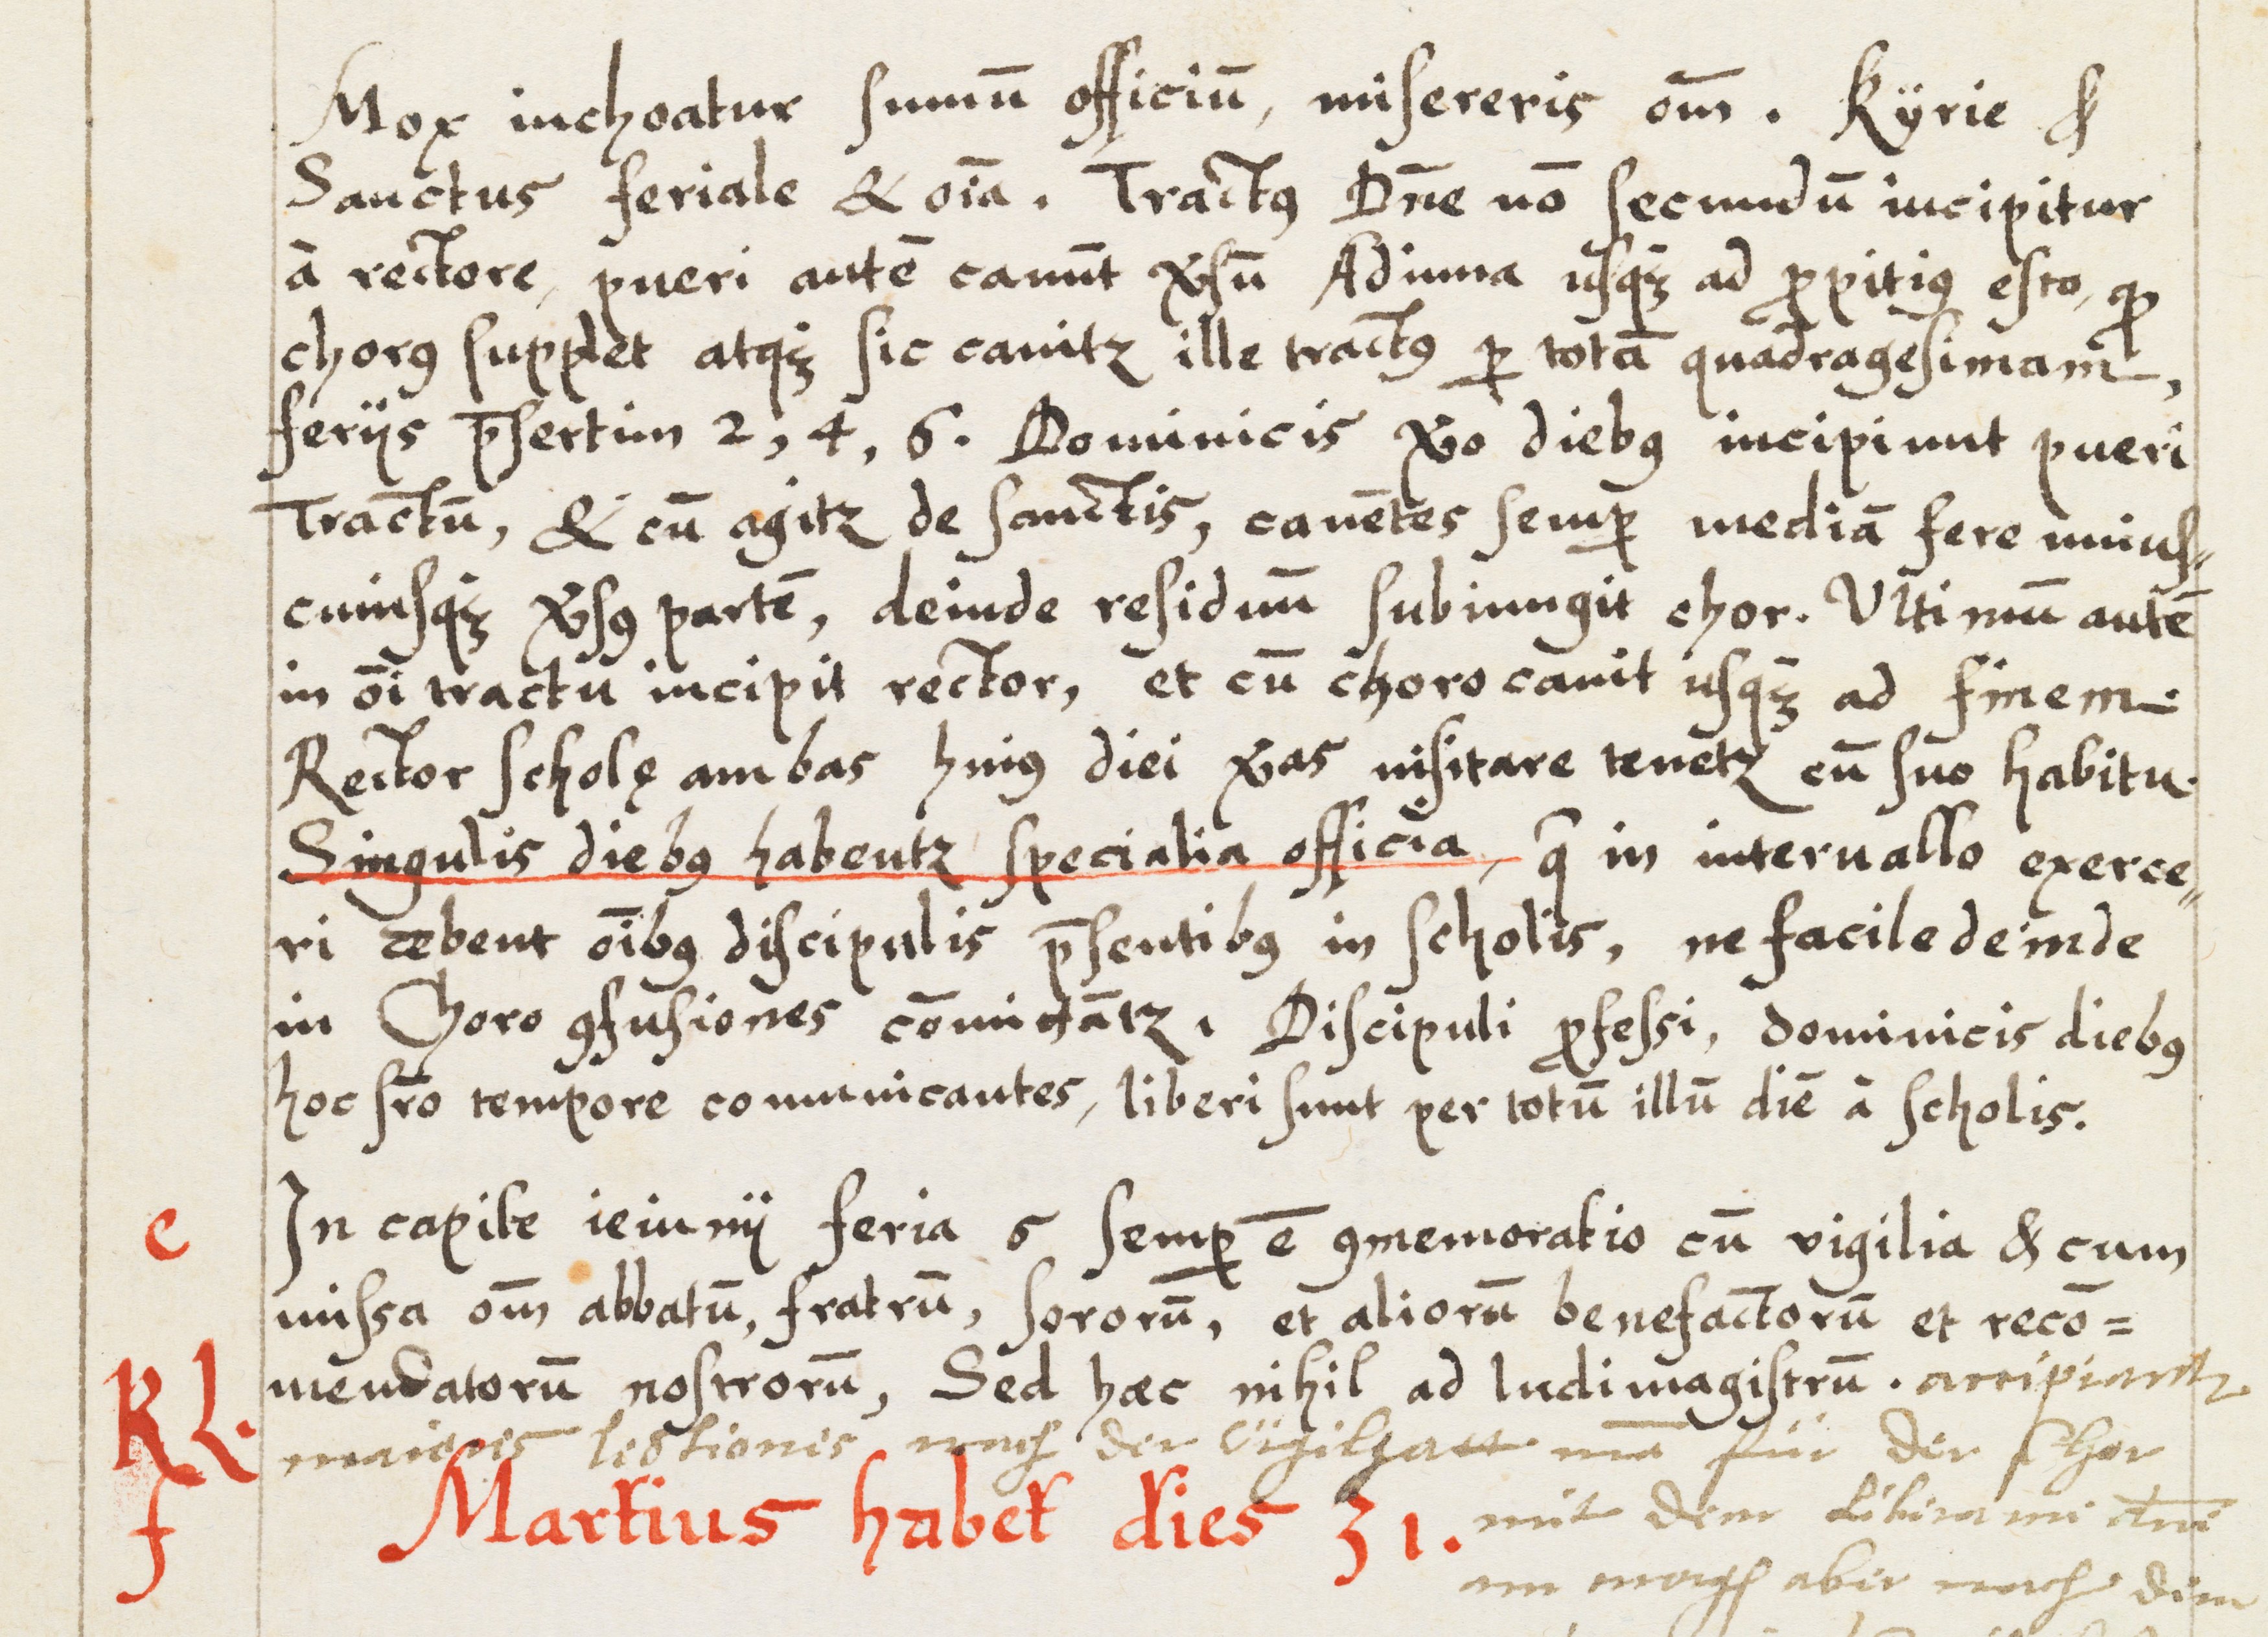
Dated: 1583–1583